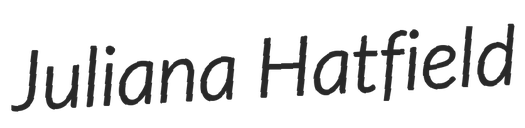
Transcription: Juliana Hatfield